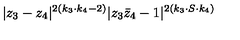
| z _ { 3 } - z _ { 4 } | ^ { 2 ( k _ { 3 } \cdot k _ { 4 } - 2 ) } | z _ { 3 } \bar { z } _ { 4 } - 1 | ^ { 2 ( k _ { 3 } \cdot S \cdot k _ { 4 } ) }